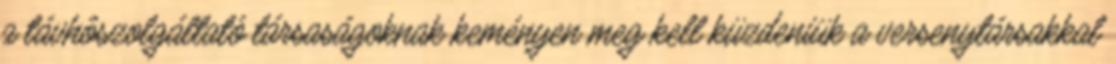
a távhôszolgáltató társaságoknak keményen meg kell küzdeniük a versenytársakkal